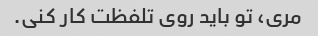
مری، تو باید روی تلفظت کار کنی.